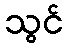
သွင်